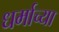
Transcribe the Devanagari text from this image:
धर्माच्‍या